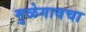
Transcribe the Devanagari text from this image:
मुळेगावचा